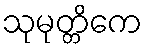
သုမုတ္တိကေ